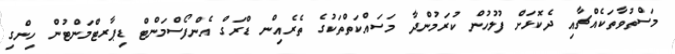
މަސްތުވާތަކެއްޗާއި ދެކޮޅަށް ފުލުހުން ކުރަމުންދާ މަސައްކަތްތަކުގެ ތެރެއިން ޑްރަގް އެންފޯސްމަންޓް ޑިޕާރޓްމަންްޓުން ހިންގި